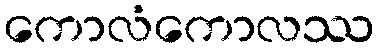
ကောလံကောလဿ